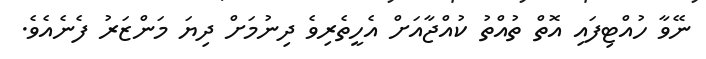
ނޭވާ ހުއްޓިފައި އޮތް ތުއްތު ކުއްޖާއަށް އެހީތެރިވެ ދިނުމަށް ދިޔަ މަންޒަރު ފެނެއެވެ.